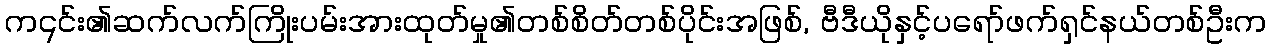
က၎င်း၏ဆက်လက်ကြိုးပမ်းအားထုတ်မှု၏တစ်စိတ်တစ်ပိုင်းအဖြစ်, ဗီဒီယိုနှင့်ပရော်ဖက်ရှင်နယ်တစ်ဦးက